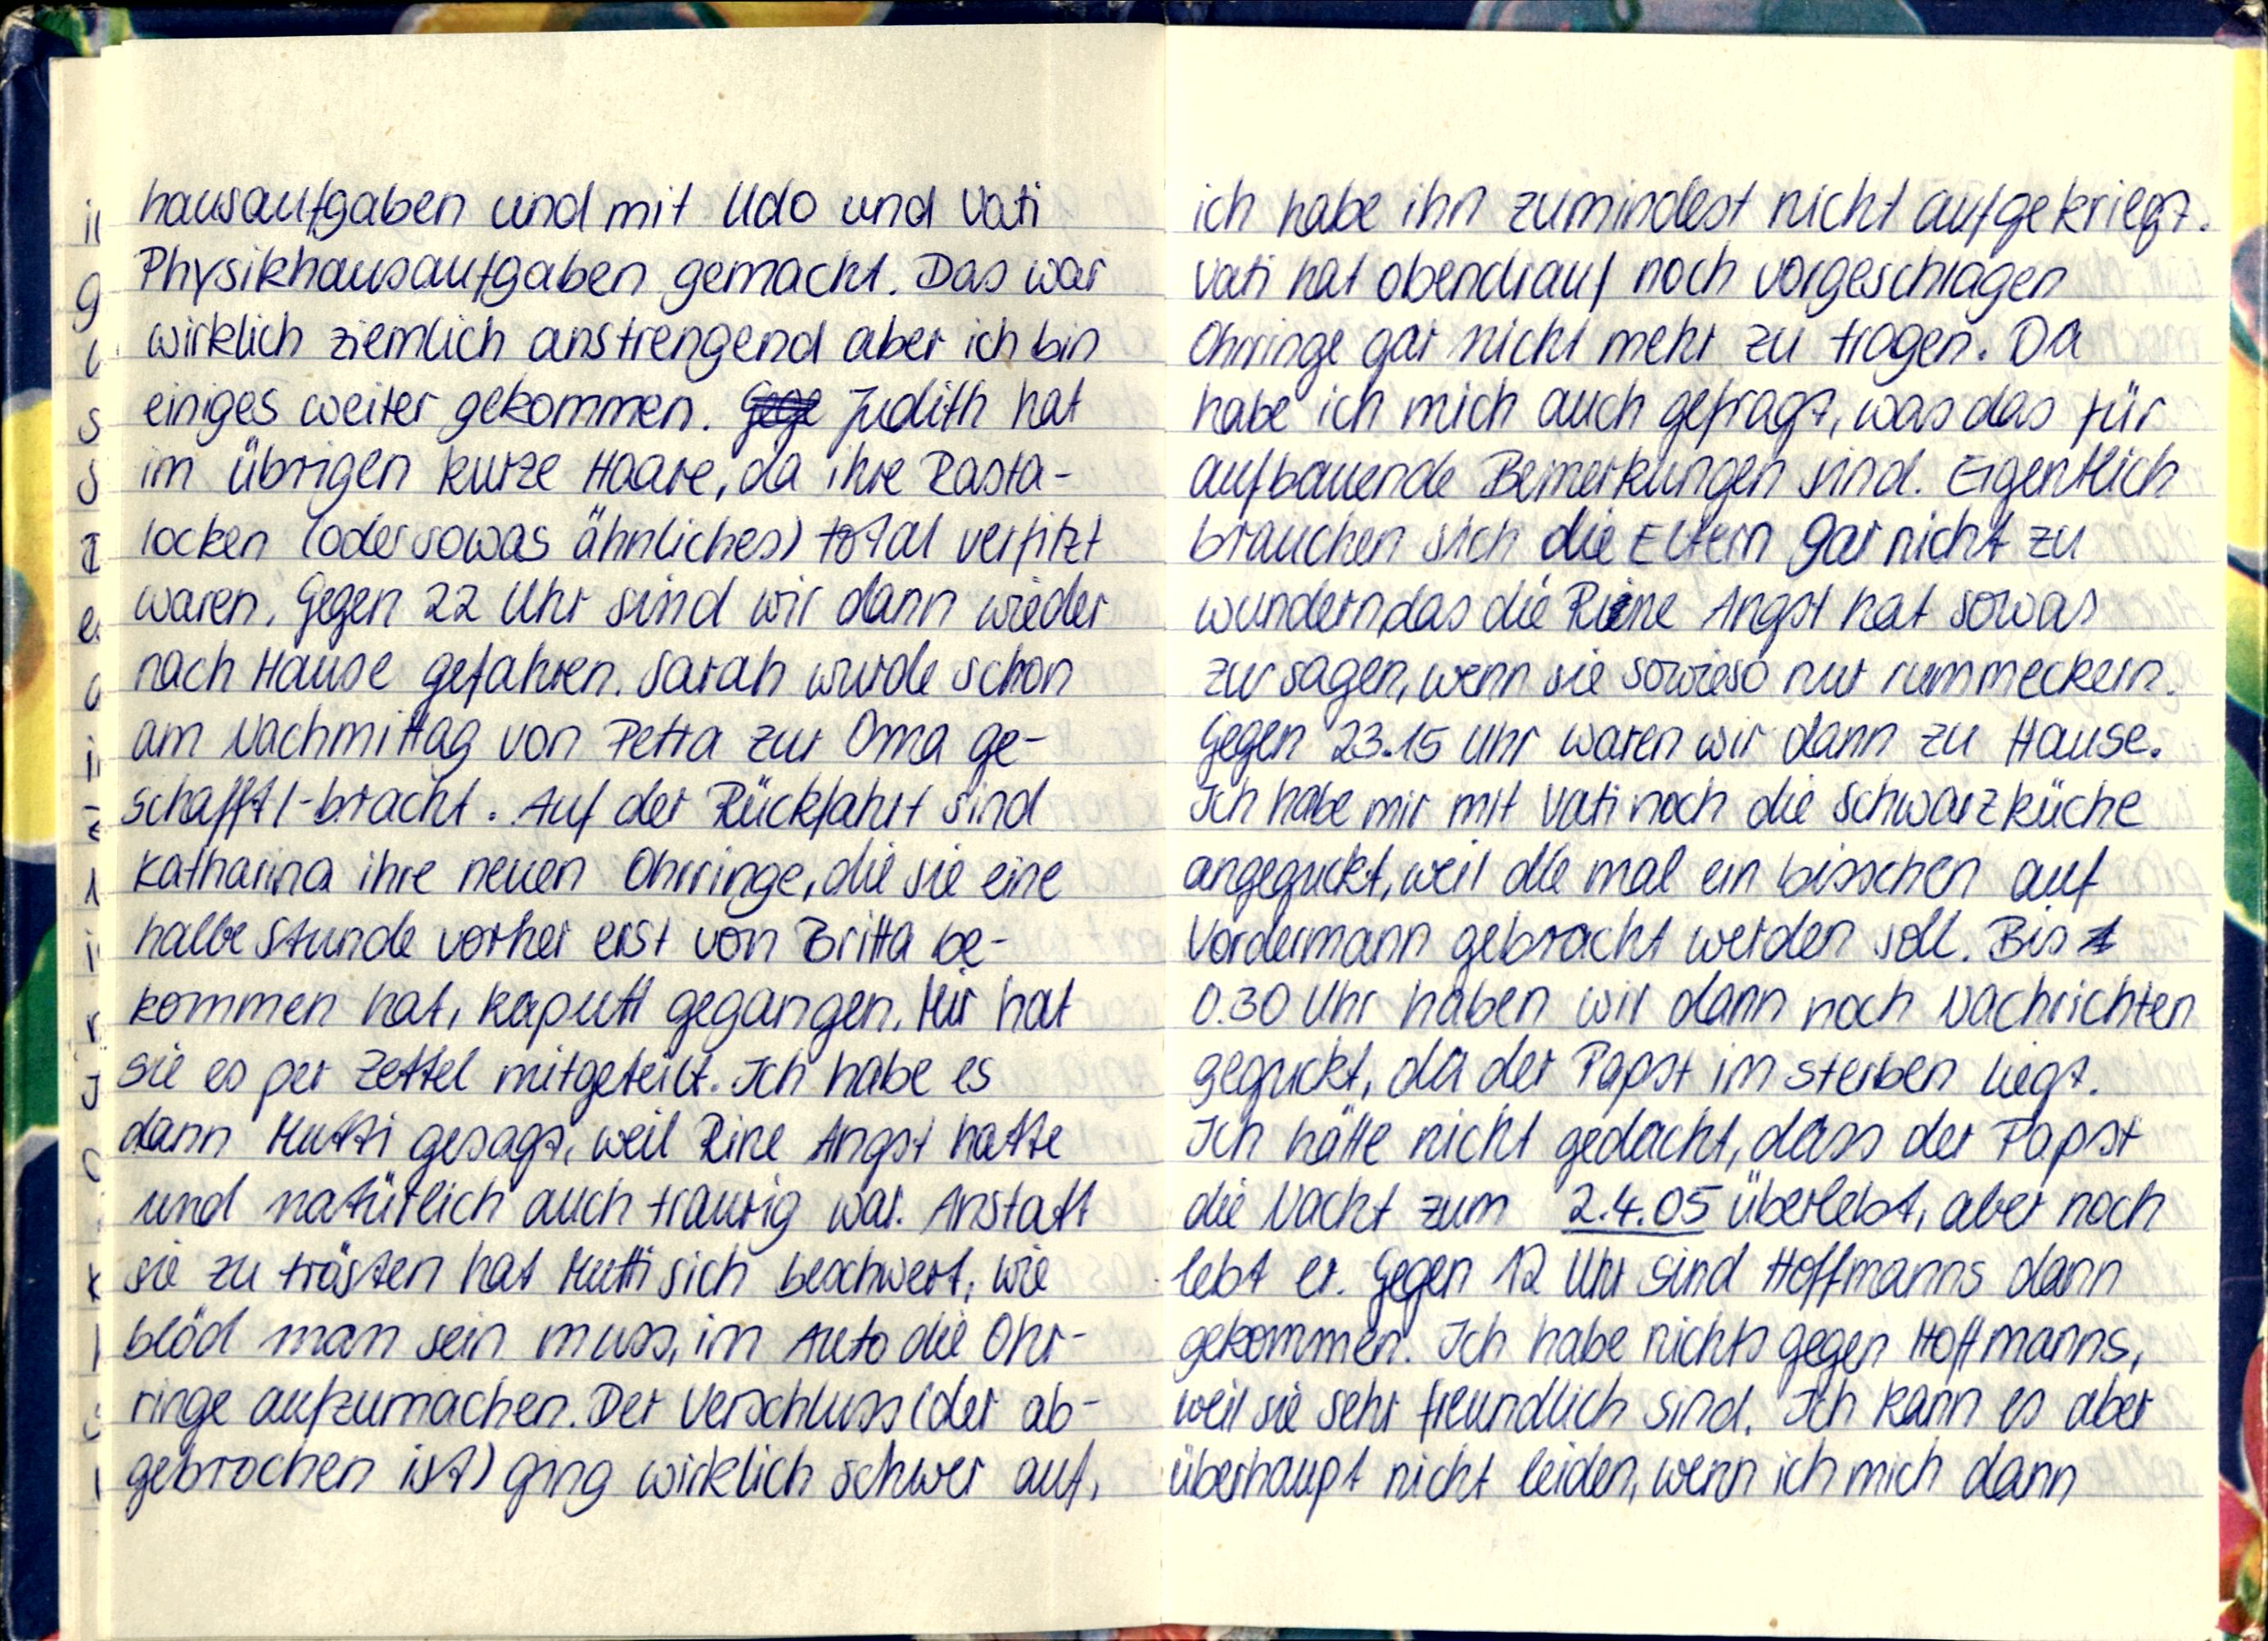
hausaufgaben und mit Udo und Vati
Physikhausaufgaben gemacht. Das war
wirklich ziemlich anstrengend aber ich bin
einiges weiter gekommen. Judith hat
im übrigen kurze Haare, da ihre Rasta-
locken (oder sowas ähnliches) total verfilzt
waren. Gegen 22 Uhr sind wir dann wieder
nach Hause gefahren. Sarah wurde schon
am Nachmittag von Petra zur Oma ge-
schafft/ -bracht. Auf der Rückfahrt sind
Katharina ihre neuen Ohrringe, die sie eine
halbe Stunde vorher erst von Britta be-
kommen hat, kaputt gegangen. Mir hat
sie es per Zettel mitgeteilt. Ich habe es
dann Mutti gesagt, weil rine Angst hatte
und natürlich auch traurig war. Anstatt
sie zu trösten hat Mutti sich beschwert, wie
blöd man sein muss, im Auto die Ohr-
ringe aufzumachen. Der Verschluss (der ab-
gebrochen ist) ging wirklich schwer auf,

ich habe ihn zumindest nicht aufgekriegt.
Vati hat obendrauf noch vorgeschlagen
Ohrringe gar nicht mehr zu tragen. Da
habe ich mich auch gefragt, was das für
aufbauende Bemerkungen sind. Eigentlich
brauchen sich die Eltern gar nicht zu
wundern, das die Rine Angst hat sowas
zu sagen, wenn sie sowieso nur rummeckern.
Gegen 23.15 Uhr waren wir dann zu Hause.
Ich habe mir mit Vati noch die Schwarzküche
angeguckt, weil die mal ein bisschen auf
Vordermann gebracht werden soll. Bis
0.30 Uhr haben wir dann noch Nachrichten
geguckt, da der Papst im sterben liegt.
Ich hätte nicht gedacht, dass der Papst
die Nacht zum 2.4.05 überlebt, aber noch
lebt er. Gegen 12 Uhr sind Hoffmanns dann
gekommen. Ich habe nichts gegen Hoffmanns,
weil sie sehr freundlich sind. Ich kann es aber
überhaupt nicht leiden, wenn ich mich dann